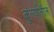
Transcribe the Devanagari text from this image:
कुर्ल्यातील